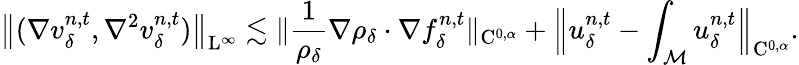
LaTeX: \big\| (\nabla v_{\delta}^{n,t},\nabla^{2}v_{\delta}^{n,t})\big\| _{\mathrm{L}^{\infty}}\lesssim\| \frac{1}{\rho_{\delta}}\nabla\rho_{\delta}\cdot\nabla f_{\delta}^{n,t}\| _{\mathrm{C}^{0,\alpha}}+\Big\| u_{\delta}^{n,t}-\int_{\mathcal{M}}u_{\delta}^{n,t}\Big\| _{\mathrm{C}^{0,\alpha}}.